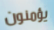
يؤمنون